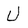
Character: U